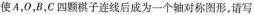
使A，O，B，C四颗棋子连线后成为一个轴对称图形，请写